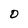
Character: D